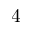
4